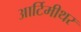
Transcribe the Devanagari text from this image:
आर्टिमीथर